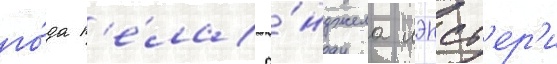
го́да п'е́ла а́нджела лэнсб'ер'и